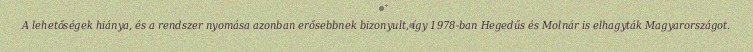
A lehetőségek hiánya, és a rendszer nyomása azonban erősebbnek bizonyult, így 1978-ban Hegedűs és Molnár is elhagyták Magyarországot.